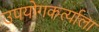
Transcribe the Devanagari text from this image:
उपयोगकर्त्याला